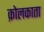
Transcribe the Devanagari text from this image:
क़ोलकाता